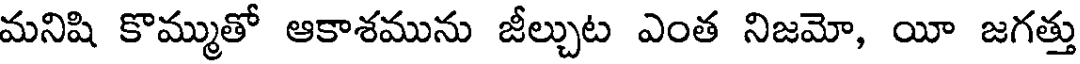
మనిషి కొమ్ముతో ఆకాశమును జీల్చుట ఎంత నిజమో, యీ జగత్తు